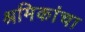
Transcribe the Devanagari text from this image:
श्रमिकांचा